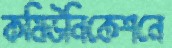
কমিউনিকেশনে